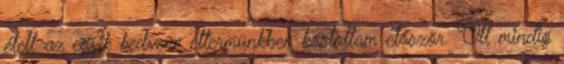
ételt az egyik kedvenc éttermünkben kóstoltam először. Ott mindig